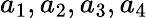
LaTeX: a_{1},a_{2},a_{3},a_{4}